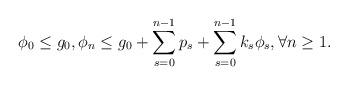
LaTeX: \begin{align*}& \phi_0 \le g_0, \phi_n \le g_0+\sum_{s=0}^{n-1} p_s + \sum_{s=0}^{n-1} k_s \phi_s, \forall n \ge 1.\end{align*}